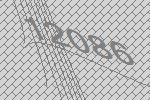
12086